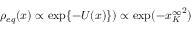
\rho _ { e q } ( x ) \propto \exp \{ - U ( x ) \} ) \propto \exp ( - { x _ { K } ^ { \infty } } ^ { 2 } )